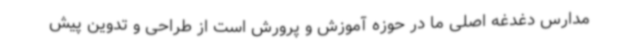
مدارس دغدغه اصلی ما در حوزه آموزش و پرورش است از طراحی و تدوین پیش